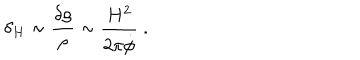
\delta _ { H } \sim \frac { \delta \rho } { \rho } \sim { \frac { H ^ { 2 } } { 2 \pi \dot { \phi } } } \ .